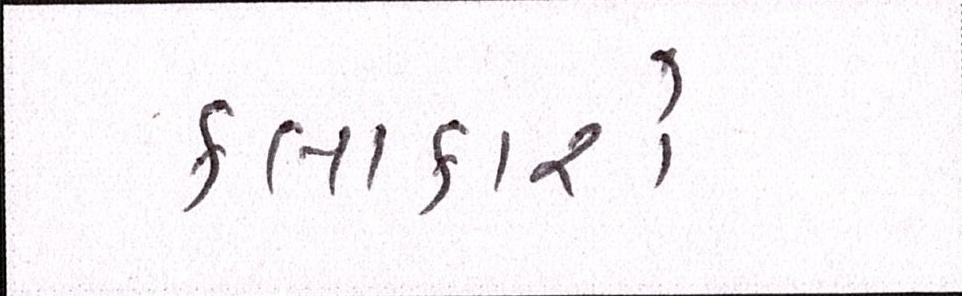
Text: કલાકારો